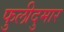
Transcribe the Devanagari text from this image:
फुलीदुमार